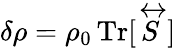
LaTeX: \delta\rho=\rho_{0}\, \mathrm{Tr}[\stackrel{\leftrightarrow}{S}]